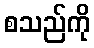
စသည်ကို